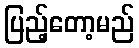
ပြည့်တော့မည်